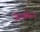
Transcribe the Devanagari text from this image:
जेनकिन